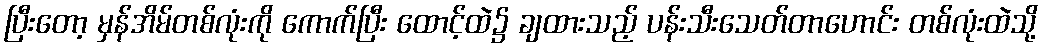
ပြီးတော့ မှန်အိမ်တစ်လုံးကို ကောက်ပြီး ထောင့်ထဲ၌ ချထားသည့် ပန်းသီးသေတ်တာဟောင်း တစ်လုံးထဲသို့